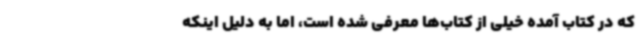
که در کتاب آمده خیلی از کتاب‌ها معرفی شده است، اما به دلیل اینکه